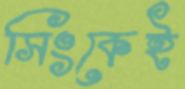
সিংকেই